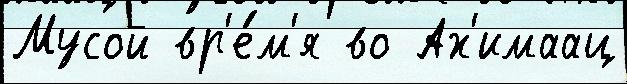
Мусой вр'е́м'я во Ах'имаац